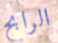
الرابح